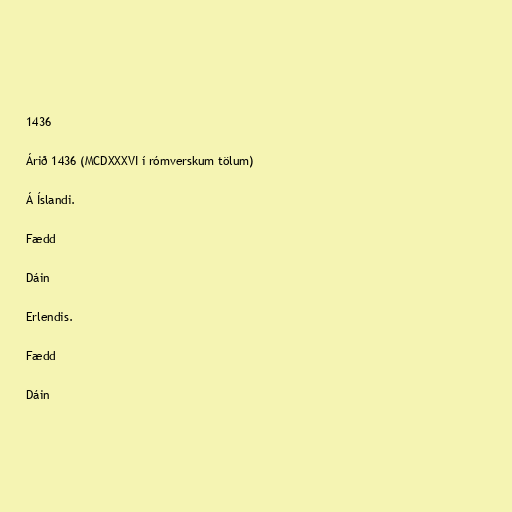
1436

Árið 1436 (MCDXXXVI í rómverskum tölum)

Á Íslandi.

Fædd

Dáin

Erlendis.

Fædd

Dáin